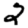
Digit: 2